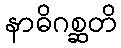
နာဓိဂစ္ဆတိ